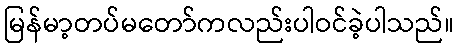
မြန်မာ့တပ်မတော်ကလည်းပါဝင်ခဲ့ပါသည်။